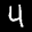
Label: 4